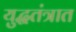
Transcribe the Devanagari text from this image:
युद्धतंत्रात